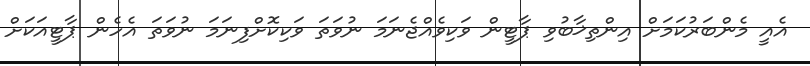
އެއީ މެންބަރުކަމަށް އިންތިޚާބުވި ޕާޓީން ވަކިވެއްޖެނަމަ ނުވަތަ ވަކިކޮށްފިނަމަ ނުވަތަ އެހެން ޕާޓީއަކަށް